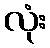
လုံး